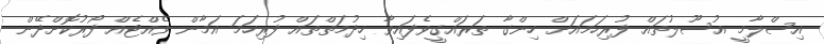
އިސްލާމީ އުސޫލުތައް ފުރިހަމައަށް ހިންގާ ތަރައްގީވެފައިވާ ހިދުމަތްތައް ފުރިހަމަ އަމާން ވެއްޓެއް ފޯރުކޮށްދޭން